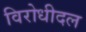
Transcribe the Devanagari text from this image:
विरोधीदल